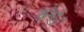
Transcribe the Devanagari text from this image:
ब्रुनेई।